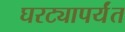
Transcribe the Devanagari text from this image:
घरट्यापर्यंत